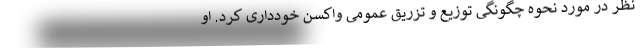
نظر در مورد نحوه چگونگی توزیع و تزریق عمومی واکسن خودداری کرد. او